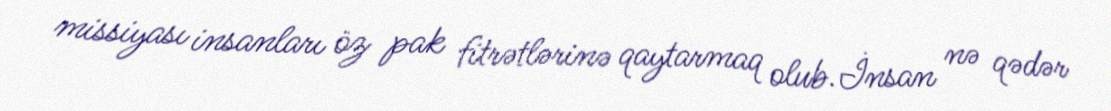
missiyası insanları öz pak fitrətlərinə qaytarmaq olub.İnsan nə qədər